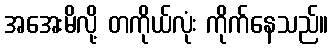
အအေးမိလို့ တကိုယ်လုံး ကိုက်နေသည်။